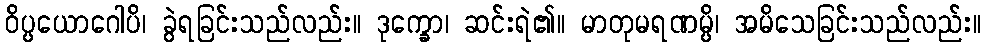
ဝိပ္ပယောဂေါပိ၊ ခွဲရခြင်းသည်လည်း။ ဒုက္ခော၊ ဆင်းရဲ၏။ မာတုမရဏမ္ပိ၊ အမိသေခြင်းသည်လည်း။